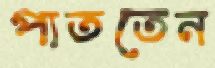
পাততেন